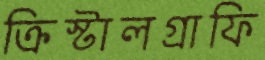
ক্রিস্টালগ্রাফি